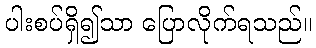
ပါးစပ်ရှိ၍သာ ပြောလိုက်ရသည်။